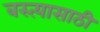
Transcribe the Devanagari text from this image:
बस्त्यासाठी